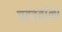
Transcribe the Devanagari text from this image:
पटवतांना